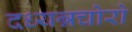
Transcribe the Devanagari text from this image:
दध्यन्नचोरो